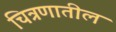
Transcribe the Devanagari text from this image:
चित्रणातील